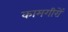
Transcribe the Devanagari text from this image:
कामगीरों